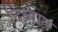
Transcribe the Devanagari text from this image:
दिव्याय